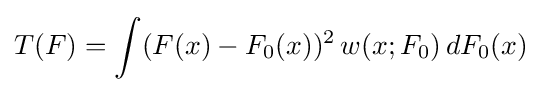
T(F)=\int (F(x)-F_{0}(x))^{2}\,w(x;F_{0})\,dF_{0}(x)